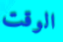
الوقت